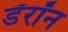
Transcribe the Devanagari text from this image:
डॅरॉन